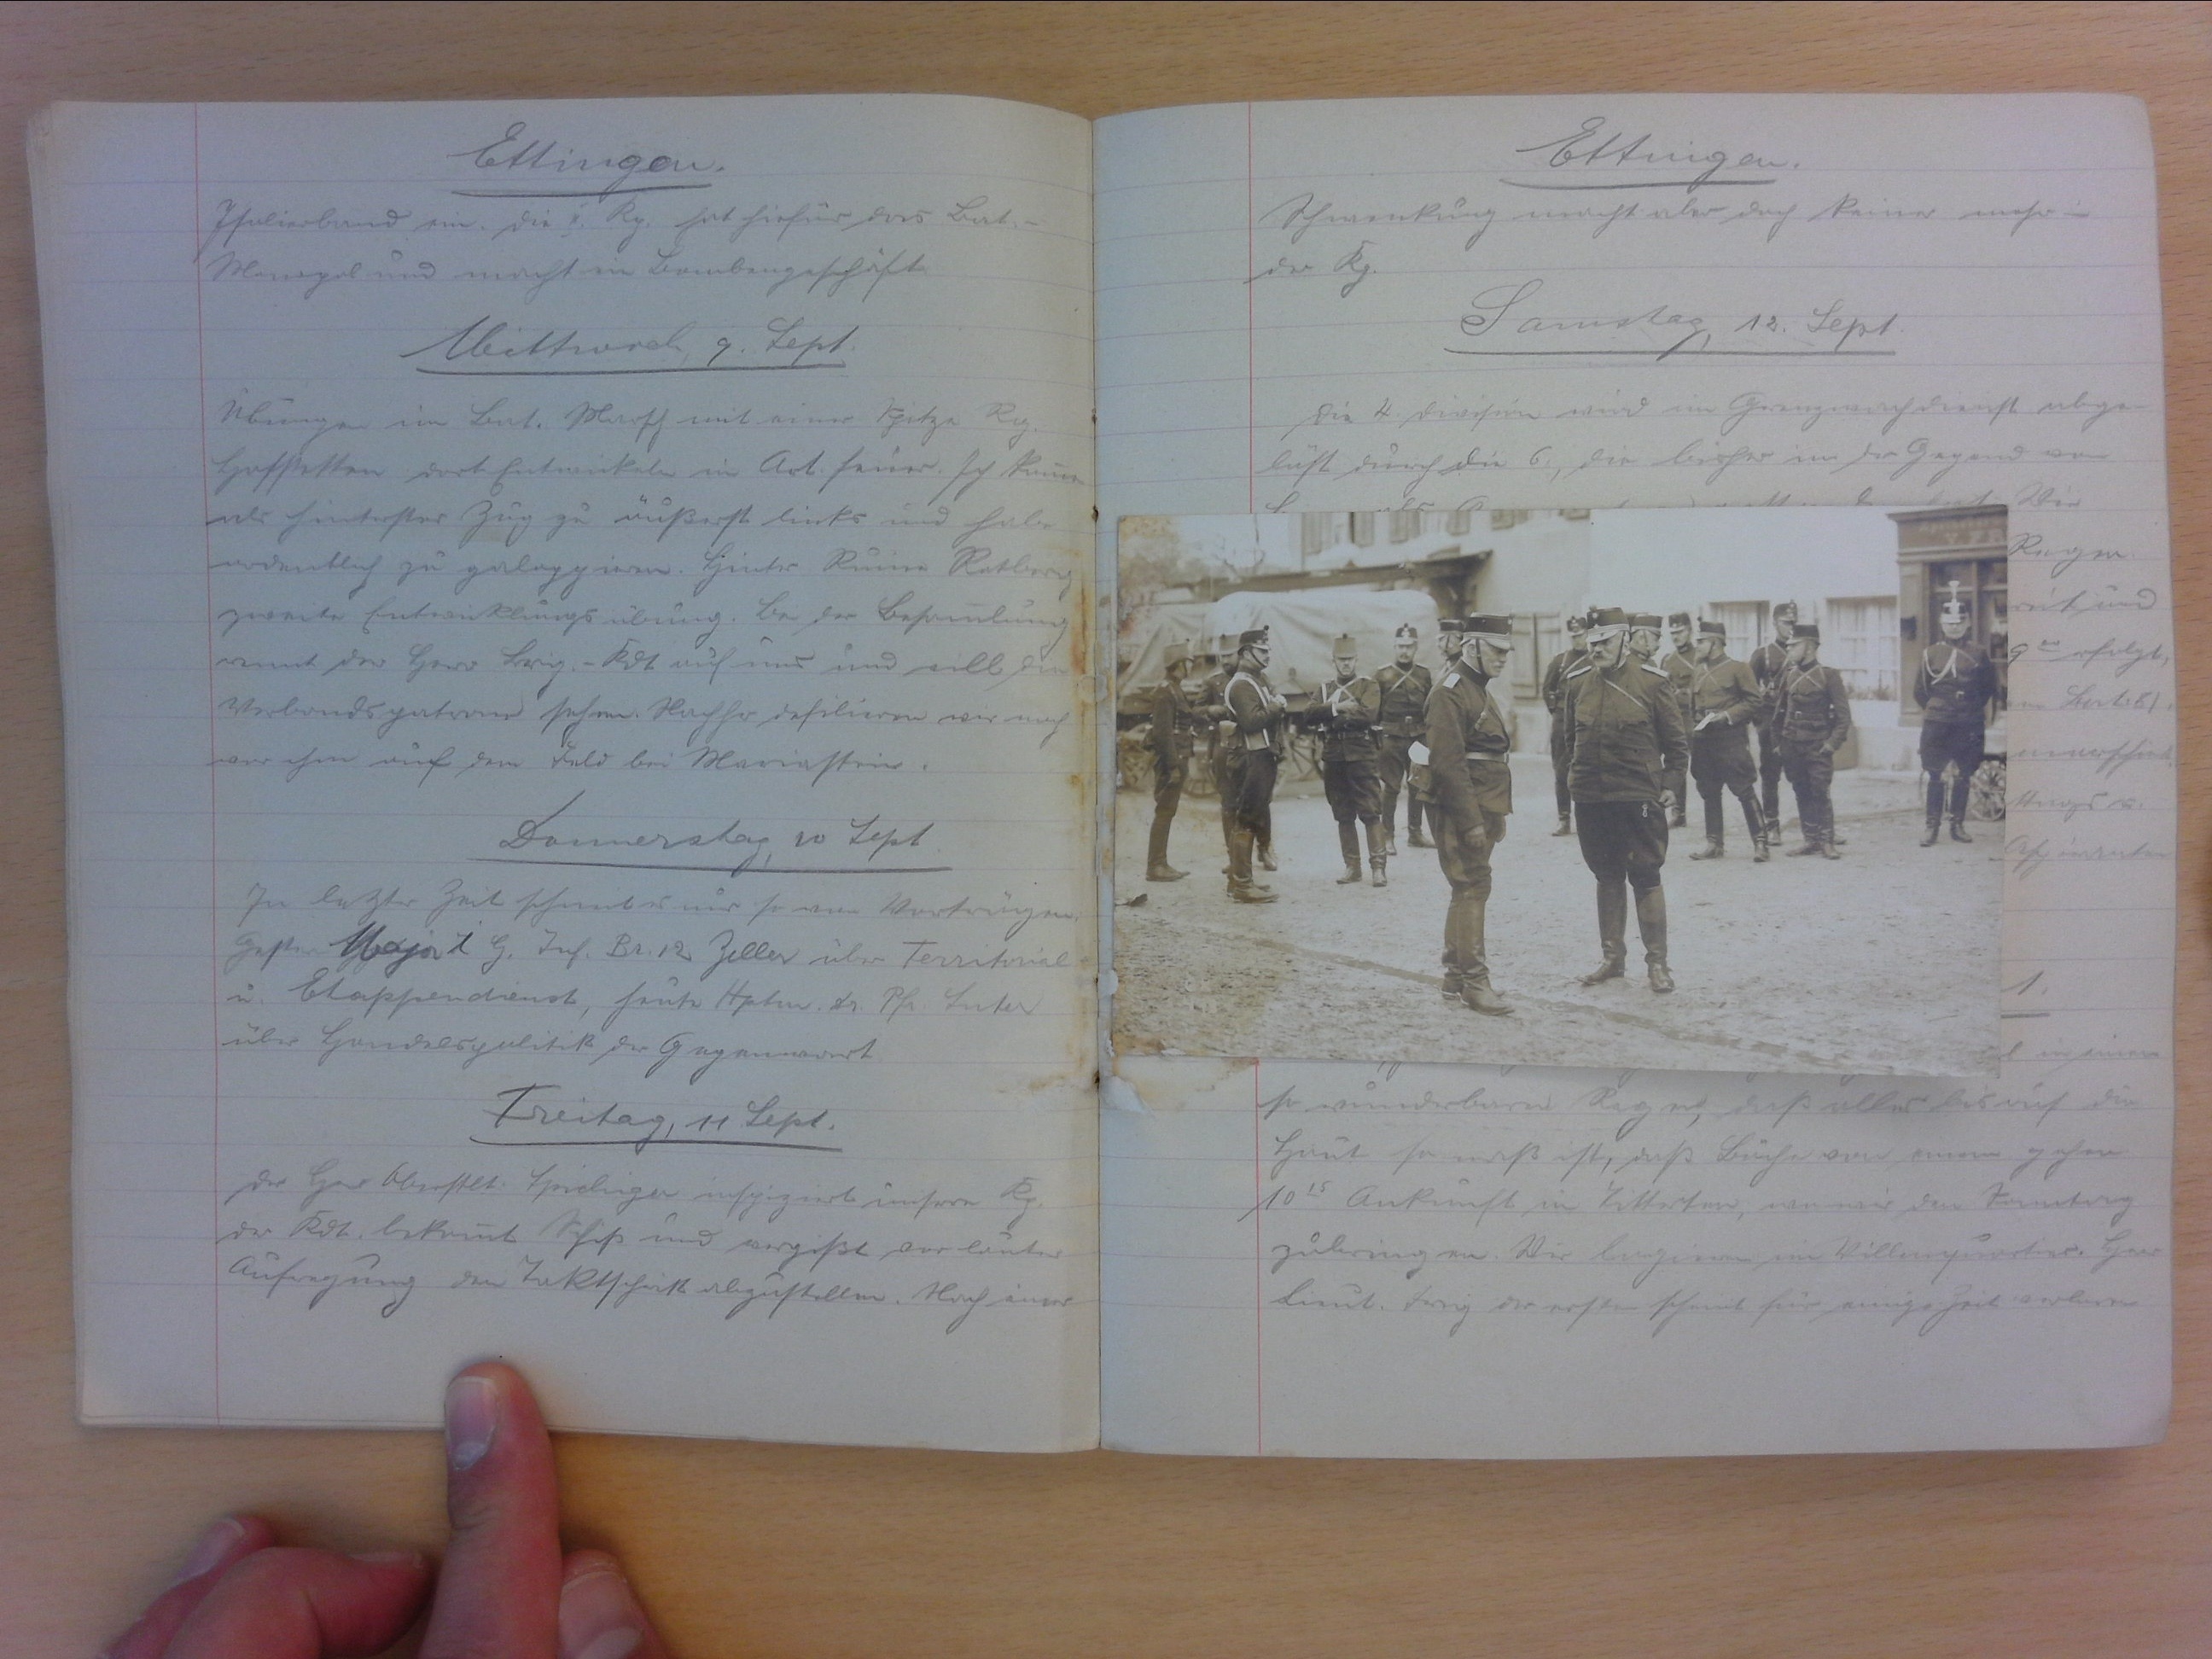
Ettingen
Isolierband ein. Die II. Kp. hat hierfür das Bat.-
Monopol und macht ein Bombengeschäft.
Mittwoch, 9. Sept.
Übung im Bat. Marsch mit einer Spitze Rg.
Hofstetten dort Entwickeln in Art.feuer. Ich komme
als hinterster Zug zu äusserst links und habe
ordentlich zu galoppieren. Hinter Ruine Rotberg
zweite Entwicklungsübung. Bei der Batübung
rennt der Herr Brig.-Kdt auf uns und will die
Verbandspatrone sehen. Nachher defilieren wir noch
vor ihm auf dem Feld bei Mariastein.
Donnerstag, 10. Sept.
In letzter Zeit schneit es nur so an Vorträgen;
Gestern Major i. G. Inf. Br. 12 Zeller über Territorial-
und Etappendienst, heute Hptm. Dr. Pfr. Suter
über Handelspolitik der Gegenwart.
Freitag, 11. Sept.
Der Herr Oberstlt. Spichiger inspiziert unsere Kp.
Der Kdt. bekommt Schiss und vergisst vor lauter
Aufregung den Taktschritt abzustellen. Nach einer